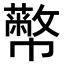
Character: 𢅷